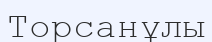
Торсанұлы